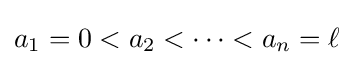
a_{1}=0<a_{2}<\dots <a_{n}=\ell